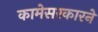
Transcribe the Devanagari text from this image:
कामेसरकारने